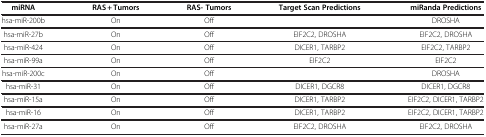
<table><thead><tr><td><b>miRNA</b></td><td><b>RAS + Tumors</b></td><td><b>RAS- Tumors</b></td><td><b>Target Scan Predictions</b></td><td><b>miRanda Predictions</b></td></tr></thead><tbody><tr><td>hsa-miR-200b</td><td>On</td><td>Off</td><td> </td><td>DROSHA</td></tr><tr><td>hsa-miR-27b</td><td>On</td><td>Off</td><td>EIF2C2, DROSHA</td><td>EIF2C2, DROSHA</td></tr><tr><td>hsa-miR-424</td><td>On</td><td>Off</td><td>DICER1, TARBP2</td><td>EIF2C2, TARBP2</td></tr><tr><td>hsa-miR-99a</td><td>On</td><td>Off</td><td>EIF2C2</td><td>EIF2C2</td></tr><tr><td>hsa-miR-200c</td><td>On</td><td>Off</td><td> </td><td>DROSHA</td></tr><tr><td>hsa-miR-31</td><td>On</td><td>Off</td><td>DICER1, DGCR8</td><td>DICER1, DGCR8</td></tr><tr><td>hsa-miR-15a</td><td>On</td><td>Off</td><td>DICER1, TARBP2</td><td>EIF2C2, DICER1, TARBP2</td></tr><tr><td>hsa-miR-16</td><td>On</td><td>Off</td><td>DICER1, TARBP2</td><td>EIF2C2, DICER1, TARBP2</td></tr><tr><td>hsa-miR-27a</td><td>On</td><td>Off</td><td>EIF2C2, DROSHA</td><td>EIF2C2, DROSHA</td></tr></tbody></table>